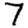
Digit: 7